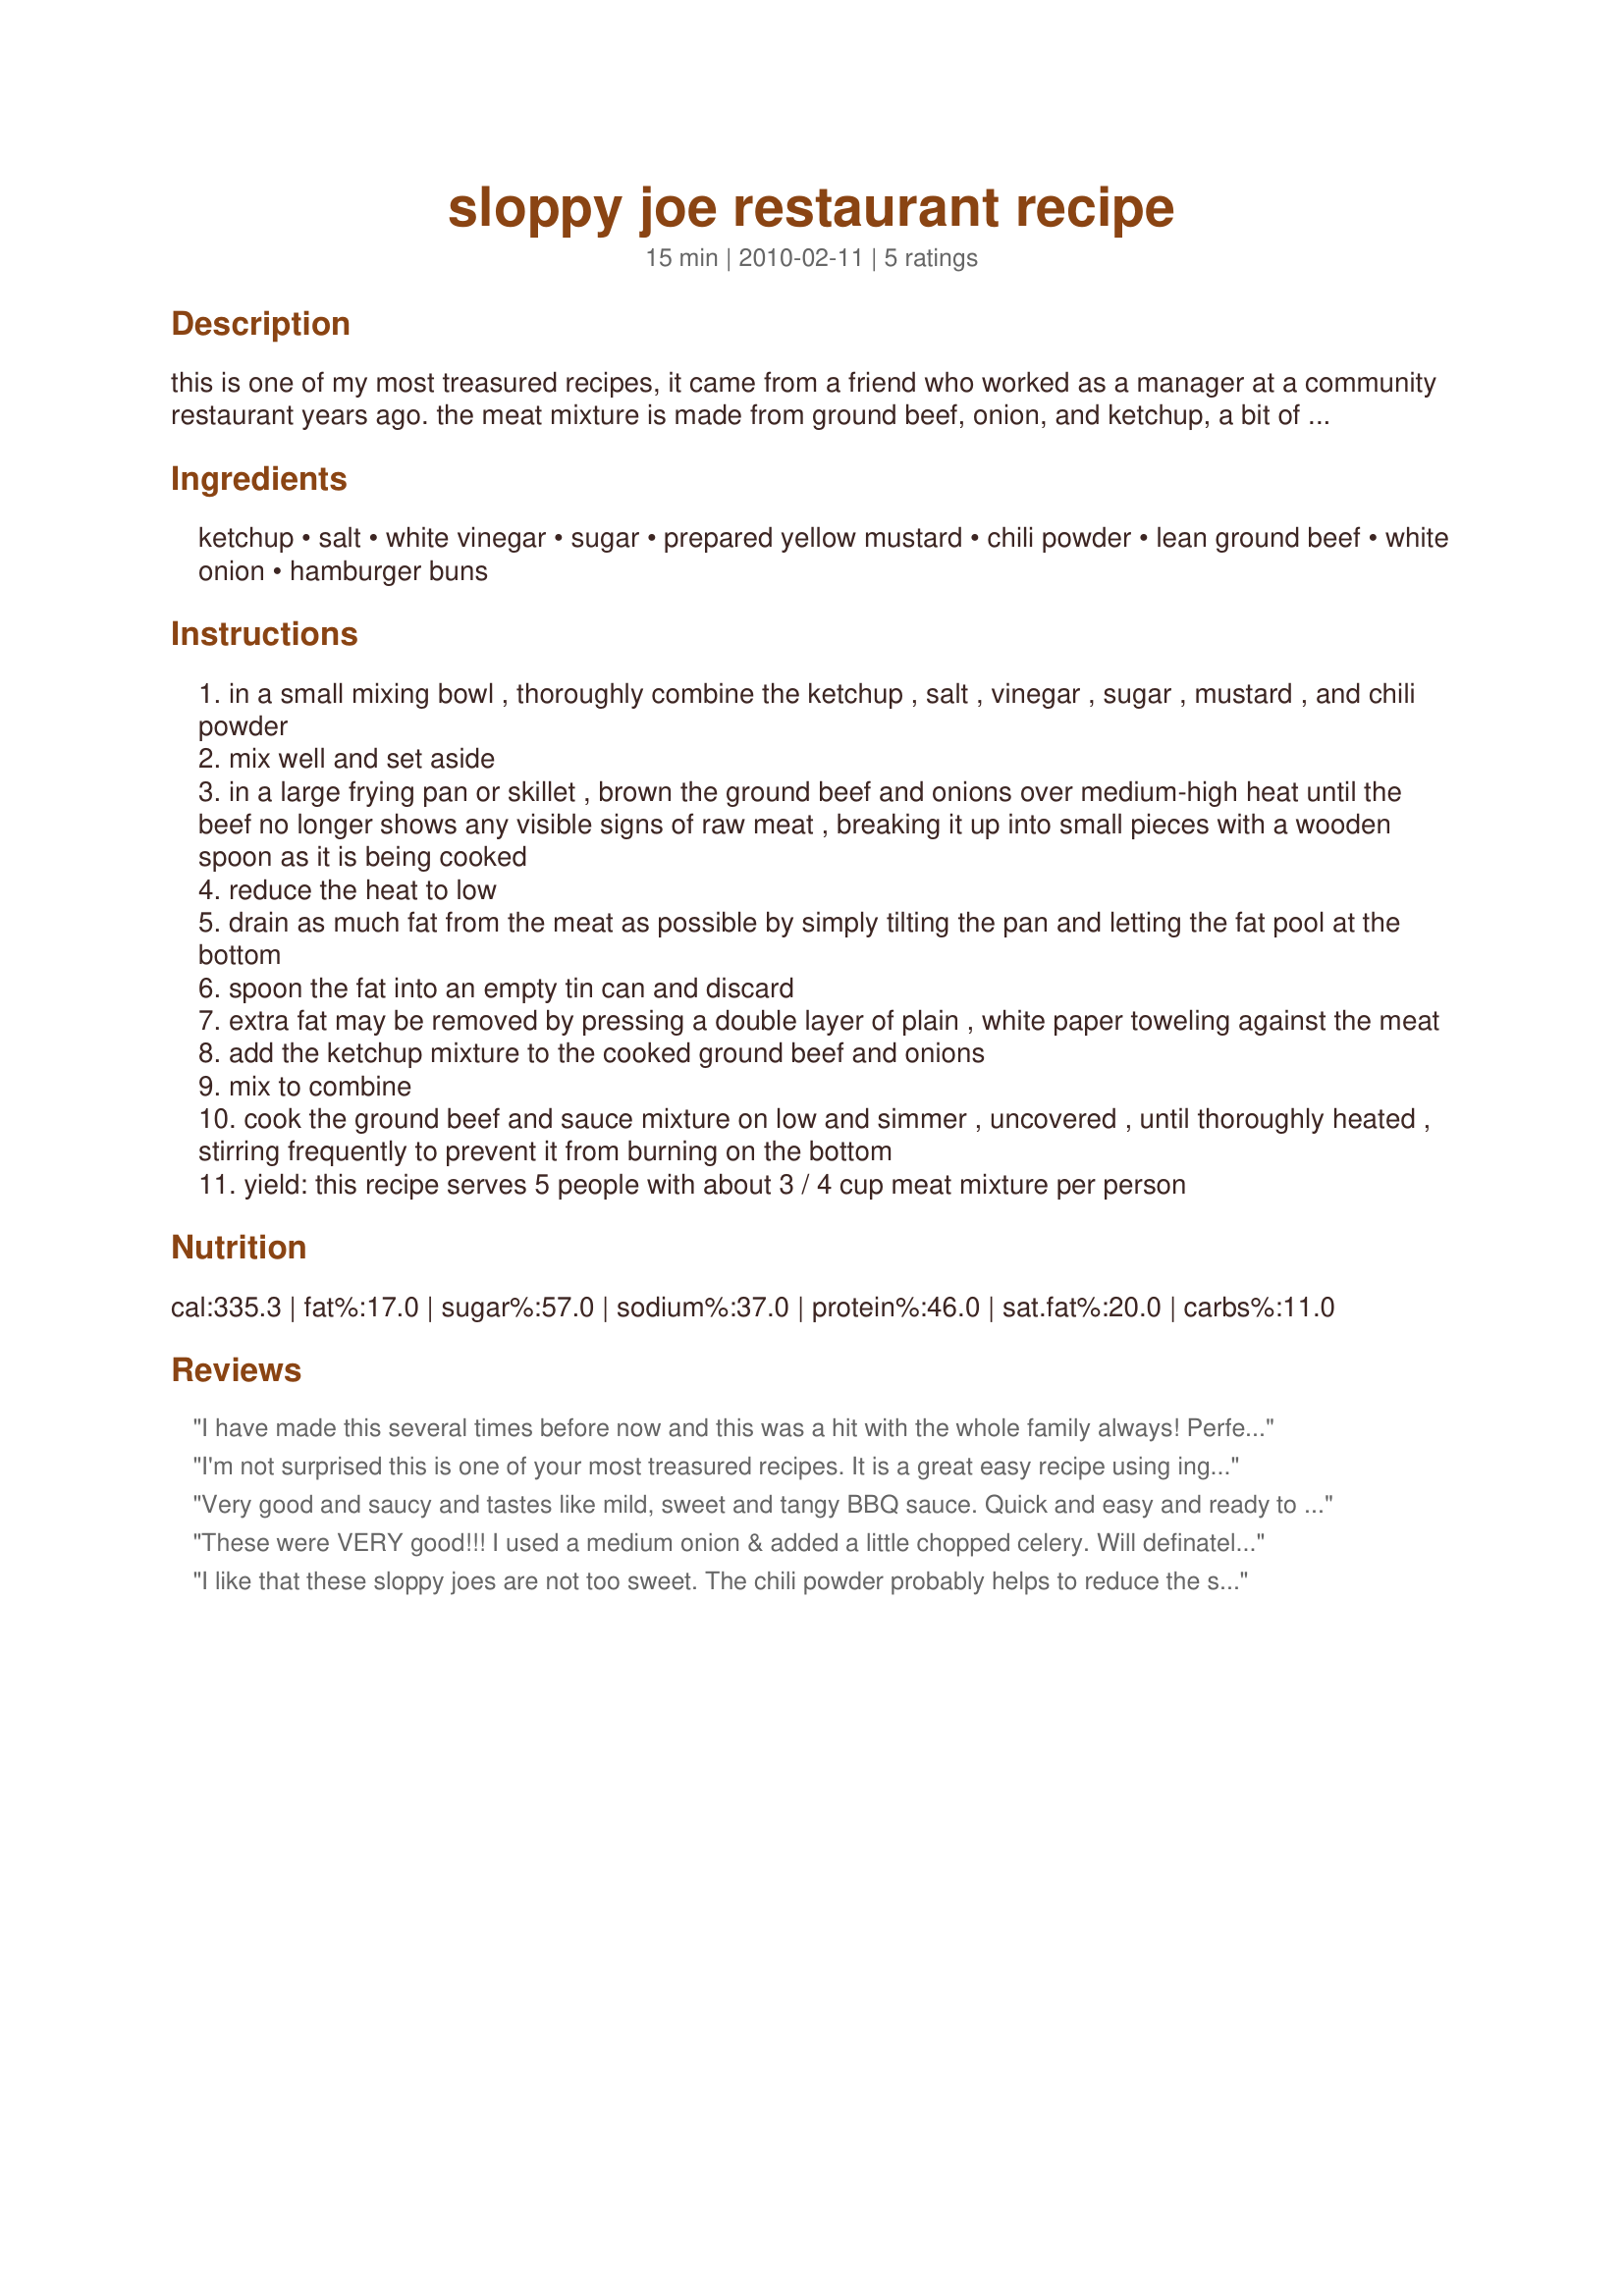
sloppy joe restaurant recipe
Preparation time: 15 minutes

this is one of my most treasured recipes, it came from a friend who worked as a manager at a community restaurant years ago. the meat mixture is made from ground beef, onion, and ketchup, a bit of vinegar and sugar, and the secret ingredient being chili powder. choose any type of bun you wish, then slap on some of this great tasting meat. this recipe serves 5 people with about 3/4 cup meat mixture per person. the recipe can easily be doubled.

Ingredients:
ketchup, salt, white vinegar, sugar, prepared yellow mustard, chili powder, lean ground beef, white onion, hamburger buns

Steps:
in a small mixing bowl , thoroughly combine the ketchup , salt , vinegar , sugar , mustard , and chili powder
mix well and set aside
in a large frying pan or skillet , brown the ground beef and onions over medium-high heat until the beef no longer shows any visible signs of raw meat , breaking it up into small pieces with a wooden spoon as it is being cooked
reduce the heat to low
drain as much fat from the meat as possible by simply tilting the pan and letting the fat pool at the bottom
spoon the fat into an empty tin can and discard
extra fat may be removed by pressing a double layer of plain , white paper toweling against the meat
add the ketchup mixture to the cooked ground beef and onions
mix to combine
cook the ground beef and sauce mixture on low and simmer , uncovered , until thoroughly heated , stirring frequently to prevent it from burning on the bottom
yield: this recipe serves 5 people with about 3 / 4 cup meat mixture per person

Reviews:
I have made this several times before now and this was a hit with the whole family always! 
Perfectly easy to make and super delicious! 
I followed your recipe exactly and I put it in the lunch box of my daughter and gave her it today. 
She came home and said immediately, "Mom! Today's lunch was very delicious and I love it!!"-----This already has become the one of favorite meals of my families.
I really appreciate finding this recipe.
Thank you for sharing the recipe!
I'm not surprised this is one of your most treasured recipes. It is a great easy recipe using ingredients usually on hand. I made this using 5 pounds of ground beef and multiplied all the other ingredients out. It made a ton- and was inhaled by everyone. I won't buy the ready-made stuff again, not when this is so easy and good.
Very good and saucy and tastes like mild, sweet and tangy BBQ sauce. Quick and easy and ready to eat in less than 30 minutes. Thanks for posting Recipe Gal! made for I Recommend Tag Game - April 2010.
These were VERY good!!! I used a medium onion & added a little chopped celery. Will definately make again...THANKS for sharing!!!
I like that these sloppy joes are not too sweet. The chili powder probably helps to reduce the sweetness. It was very easy to do. I omitted the salt. Thanks Recipe Gal :) Made for PAC Spring 2010 http://www.recipezaar.com/bb/viewtopic.zsp?t=327498&postdays=0&postorder=asc&start=0
